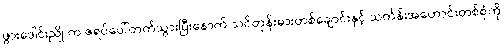
ဖွားဒေါင်းညို က ဇရပ်ပေါ်တက်သွားပြီးနောက် သင်တုန်းဓားတစ်ချောင်းနှင့် သင်္ကန်းအဟောင်းတစ်စုံကို